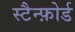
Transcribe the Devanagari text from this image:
स्टैन्फ़ोर्ड